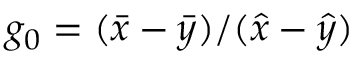
g _ { 0 } = ( \bar { x } - \bar { y } ) / ( \hat { x } - \hat { y } )